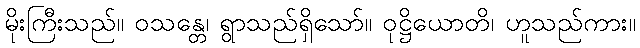
မိုးကြီးသည်။ ဝသန္တေ၊ ရွာသည်ရှိသော်။ ဝုဋ္ဌိယောတိ၊ ဟူသည်ကား။